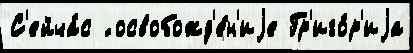
С'ейча́с ́ освобожд'е́н'иjе Гр'иго́р'иjа